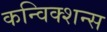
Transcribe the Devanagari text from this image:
कन्विक्शन्स